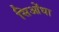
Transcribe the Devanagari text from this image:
सिओंधा